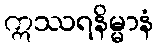
ဣဿရနိမ္မာနံ